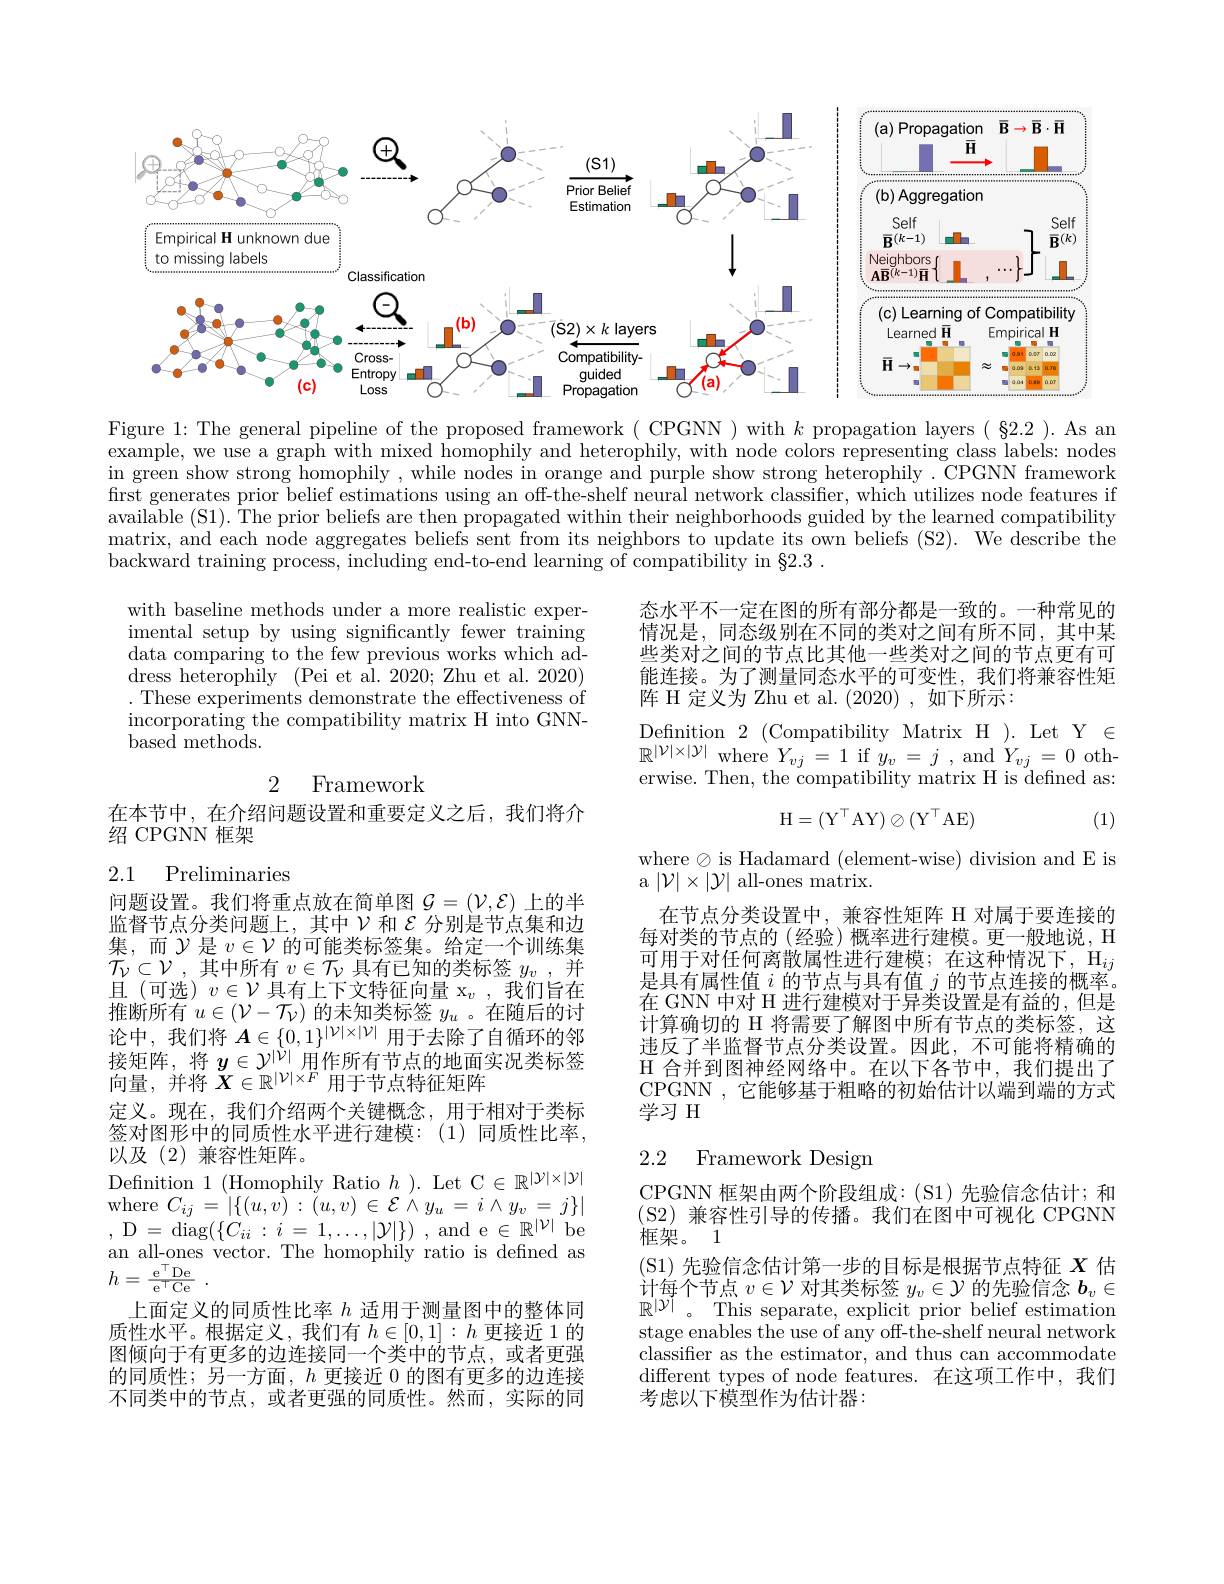
<FigureHere>

Figure 1: The general pipeline of the proposed framework ( CPGNN ) with $k$ propagation layers ( §2.2 ). As an example, we use a graph with mixed homophily and heterophily, with node colors representing class labels: nodes in green show strong homophily , while nodes in orange and purple show strong heterophily . CPGNN framework first generates prior belief estimations using an off-the-shelf neural network classifier, which utilizes node features if available (S1). The prior beliefs are then propagated within their neighborhoods guided by the learned compatibility matrix, and each node aggregates beliefs sent from its neighbors to update its own beliefs (S2). We describe the backward training process, including end-to-end learning of compatibility in $\S2.3.$

with baseline methods under a more realistic experimental setup by using significantly fewer training data comparing to the few previous works which address heterophily (Pei et al. 2020; Zhu et al. 2020) . These experiments demonstrate the effectiveness of incorporating the compatibility matrix H into GNNbased methods.

态水平不一定在图的所有部分都是一致的。一种常见的情况是，同态级别在不同的类对之间有所不同，其中某些类对之间的节点比其他一些类对之间的节点更有可能连接。为了测量同态水平的可变性，我们将兼容性矩阵 H 定义为 Zhu et al. (2020),如下所示：

Definition 2 (Compatibility Matrix H ). Let Y $\in$ $\mathbb{R}^{|\mathcal{V}|\times|\mathcal{Y}|}$where$Y_vj=1$if$y_v=j$,and$Y_vj=0$otherwise. Then, the compatibility matrix H is defined as:

2 Framework
$$\mathrm H=(\mathrm Y^\top\mathrm A\mathrm Y)\otimes(\mathrm Y^\top\mathrm A\mathrm E)$$
(1)

在本节中，在介绍问题设置和重要定义之后，我们将介
绍 CPGNN 框架

## 2.1 Preliminaries

where$\otimes$is Hadamard (element-wise) division and E is
a $|\mathcal{V}|\times|\mathcal{Y}|$ all-ones matrix.
在节点分类设置中，兼容性矩阵 H 对属于要连接的每对类的节点的 (经验) 概率进行建模。更一般地说，H 可用于对任何离散属性进行建模；在这种情况下，$\mathrm{H}_{ij}$ 是具有属性值$i$的节点与具有值$j$的节点连接的概率。在 GNN 中对 H 进行建模对于异类设置是有益的，但是计算确切的 H 将需要了解图中所有节点的类标签，这违反了半监督节点分类设置。因此，不可能将精确的$\mathcal{H}$合并到图神经网络中。在以下各节中，我们提出了CPGNN ,它能够基于粗略的初始估计以端到端的方式学习 H

问题设置。我们将重点放在简单图$\mathcal{G}=(\mathcal{V},\mathcal{E})$上的半监督节点分类问题上，其中$\nu$和$\varepsilon$分别是节点集和边集，而$\mathcal{Y}$是$v\in\mathcal{V}$的可能类标签集。给定一个训练集$\mathcal{T} _{\mathcal{V} }\subset \mathcal{V}$ ,其中所有$v\in\mathcal{T}_\mathcal{V}$具有已知的类标签$y_v$ ,并且(可选)$v\in\mathcal{V}$具有上下文特征向量 x$_v,\bar{\text{我们旨在}}$ 推断所有$u\in(\mathcal{V}-\mathcal{T}_{\mathcal{V}})$的未知类标签$y_u$ 。在随后的讨论中，我们将$\boldsymbol{A}\in\{0,1\}^{|\mathcal{V}|\times|\mathcal{V}|}$用于去除了自循环的邻接矩阵 将$u\in\mathcal{V}^{|\mathcal{V}|}$田作所有节占的地面实况举标签$\begin{array}{l}\text{接矩阵，将 }y\in\mathcal{Y}^{|\hat{\nu}|}\text{用作所有节点的地面实况类标签}\\\text{向量，并将 }X\in\mathbb{R}^{|\mathcal{V}|\times F}\text{用于节点特征矩阵}\end{array}$ 定义。现在，我们介绍两个关键概念，用于相对于类标签对图形中的同质性水平进行建模：(1)同质性比率， 以及(2)兼容性矩阵。
$\mathop{\text{Definition }1}(\mathop{\text{Homophily Ratio }}h).\mathop{\text{Let C}}\in\mathbb{R}^{|\mathcal{Y}|\times|\mathcal{Y}|}$ where $C_{ij}= | \{ ( u, \dot{v} ) : \tilde{( } u, v) \in \mathcal{E} \overset {^{\prime }}{\operatorname* { \wedge } }y_{u}= i\wedge y_{v}= j\} |$ ,D=diag$(\{C_{ii}:i=1,\ldots,|\mathcal{Y}|\})$,and e$\in\mathbb{R}^|\mathcal{V}|$be an all-ones vector. The homophily ratio is defined as $h= \frac {\mathrm{e} ^\top \mathrm{De}}{\mathrm{e} ^\top \mathrm{Ce}}$ .
上面定义的同质性比率$h$适用于测量图中的整体同质性水平。根据定义，我们有$h\in[0,1]:h$更接近 1 的图倾向于有更多的边连接同一个类中的节点，或者更强的同质性；另一方面，$h$更接近 0 的图有更多的边连接不同类中的节点，或者更强的同质性。然而，实际的同

## 2.2 Framework Design

CPGNN 框架由两个阶段组成：(S1)先验信念估计；和(S2)兼容性引导的传播。我们在图中可视化 CPGNN 框架。1
$\begin{array}{l}(\text{S1)先验信念估计第一步的目标是根据节点特征 }X\\\text{计每个节点 }v\in\mathcal{V}\text{ 对其类标签 }y_v\in\mathcal{Y}\text{ 的先验信念 }b_v\in\end{array}$ $\mathbb{R}^{|\mathcal{Y}|}$。This separate, explicit prior belief estimation stage enables the use of any off-the-shelf neural network classifer as the estimator, and thus can accommodate different types of node features. 在这项工作中，我们考虑以下模型作为估计器：